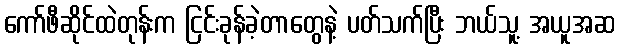
ကော်ဖီဆိုင်ထဲတုန်းက ငြင်းခုန်ခဲ့တာတွေနဲ့ ပတ်သက်ပြီး ဘယ်သူ့ အယူအဆ